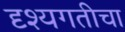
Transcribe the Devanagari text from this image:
दृश्यगतीचा